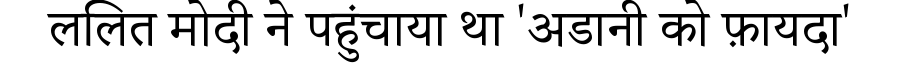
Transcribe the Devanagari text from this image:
ललित मोदी ने पहुंचाया था 'अडानी को फ़ायदा'